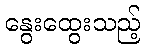
နွေးထွေးသည့်